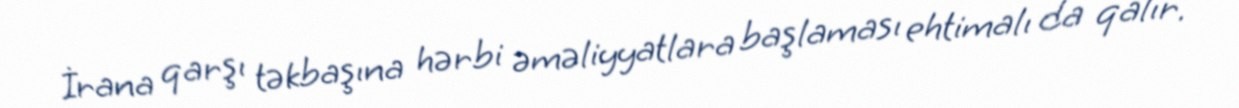
İrana qarşı təkbaşına hərbi əməliyyatlara başlaması ehtimalı da qalır.